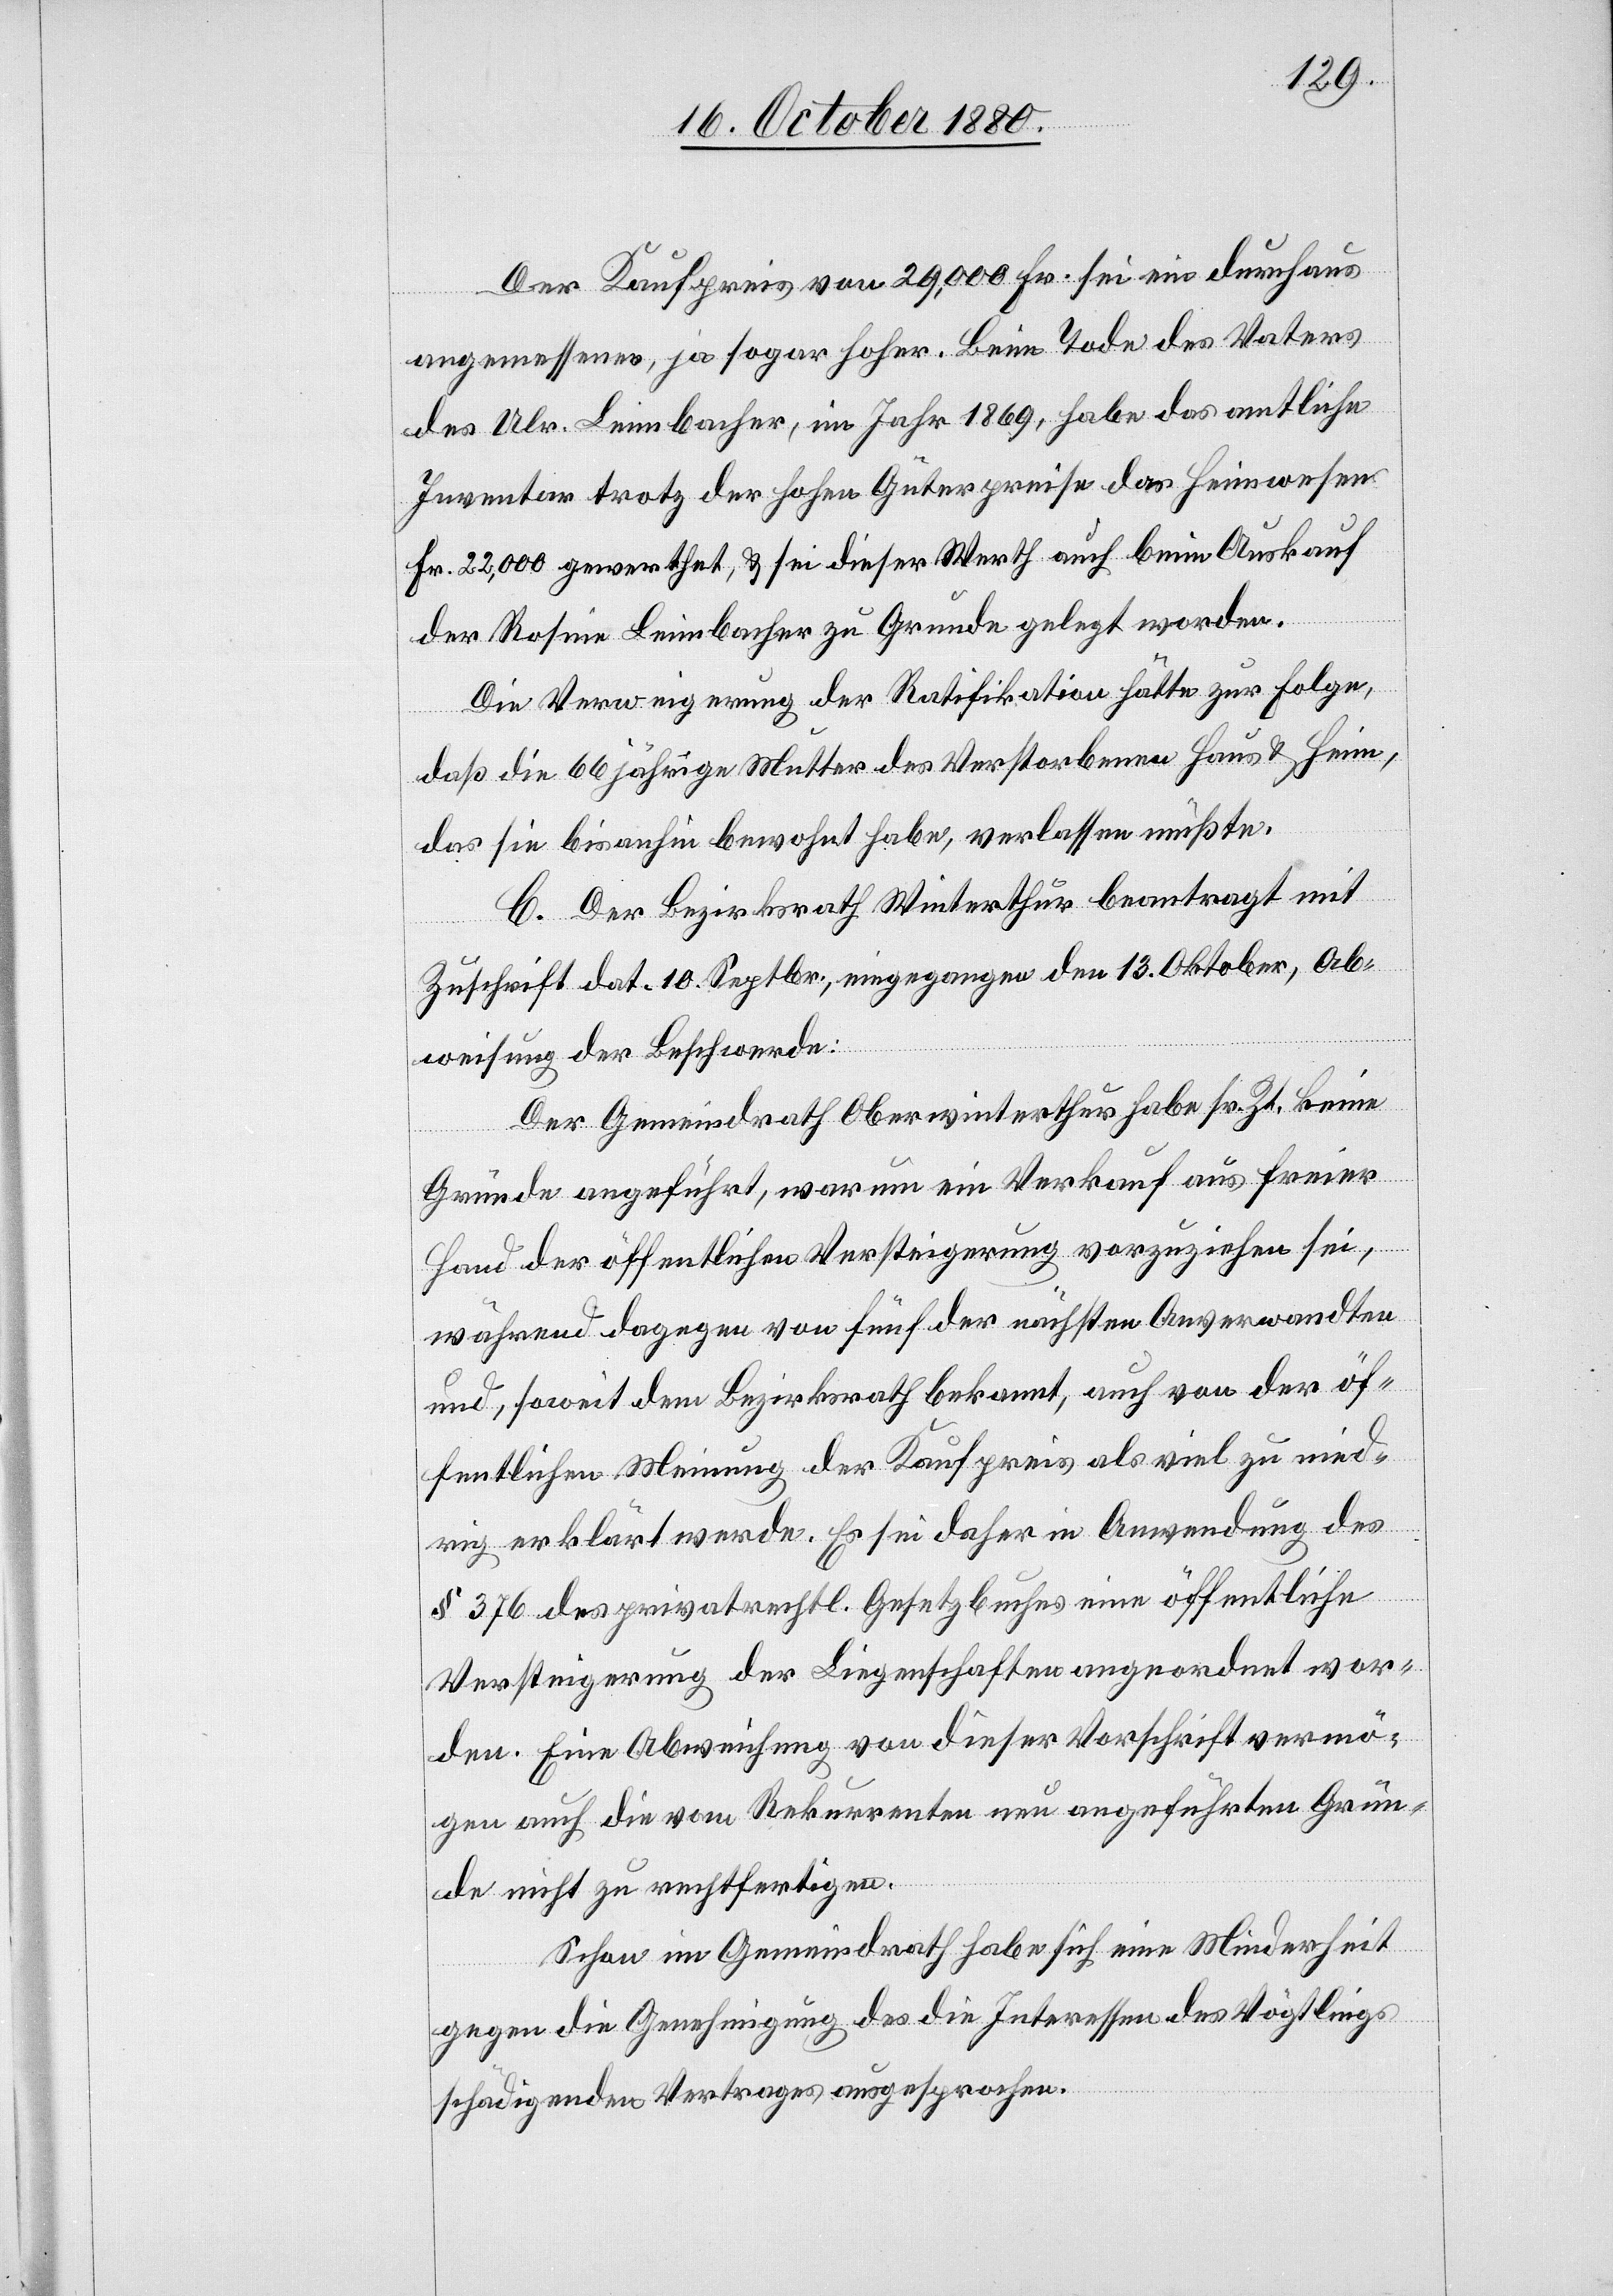
Der Kaufpreis von 29,000 Fr. sei ein durchaus
angemessener, ja sogar hoher. Beim Tode des Vaters
des Ulr. Leimbacher, im Jahr 1869, habe das amtliche
Inventar trotz der hohen Güterpreise das Heimwesen
Fr. 22,000 gewerthet, & sei dieser Werth auch beim Auskauf
der Rosine Leimbacher zu Grunde gelegt worden.
Die Verweigerung der Ratifikation hätte zur Folge,
daß die 66jährige Mutter des Verstorbenen Haus & Heim,
das sie bisanhin bewohnt habe, verlassen müßte.
B. Der Bezirksrath Winterthur beantragt mit
Zuschrift dat. 10. Septbr., eingegangen den 13. Oktober, Ab¬
weisung der Beschwerde:
Der Gemeindrath Oberwinterthur habe sr. Zt. keine
Gründe angeführt, warum ein Verkauf aus freier
Hand der öffentlichen Versteigerung vorzuziehen sei,
während dagegen von fünf der nächsten Anverwandten
und, soweit dem Bezirksrath bekannt, auch von der öf¬
fentlichen Meinung der Kaufpreis als viel zu nied¬
rig erklärt werde. Es sei daher in Anwendung des
§ 376 des privatrechtl. Gesetzbuches eine öffentliche
Versteigerung der Liegenschaften angeordnet wor¬
den. Eine Abweichung von dieser Vorschrift vermö¬
gen auch die vom Rekurrenten neu angeführten Grün¬
de nicht zu rechtfertigen.
Schon im Gemeindrath habe sich eine Minderheit
gegen die Genehmigung des die Interessen des Vögtlings
schädigenden Vertrages ausgesprochen.